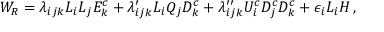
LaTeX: W _ { R } = \lambda _ { i j k } L _ { i } L _ { j } E _ { k } ^ { c } + \lambda _ { i j k } ^ { \prime } L _ { i } Q _ { j } D _ { k } ^ { c } + \lambda _ { i j k } ^ { \prime \prime } U _ { i } ^ { c } D _ { j } ^ { c } D _ { k } ^ { c } + \epsilon _ { i } L _ { i } H \, ,